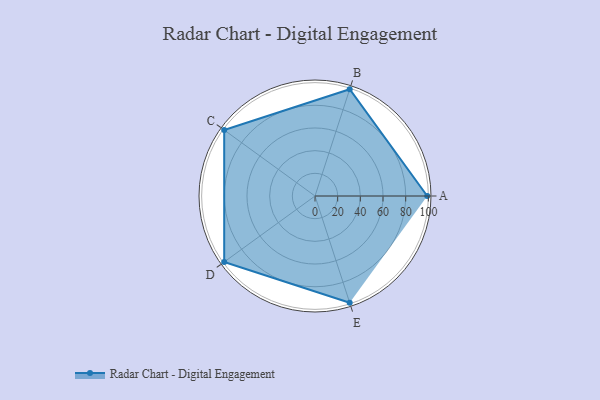
{"axis": {"x": "Skill", "y": "Score"}, "legend": ["Profile"], "data": [{"x": "A", "y": 99, "type": "Profile"}, {"x": "B", "y": 99, "type": "Profile"}, {"x": "C", "y": 99, "type": "Profile"}, {"x": "D", "y": 99, "type": "Profile"}, {"x": "E", "y": 99, "type": "Profile"}]}